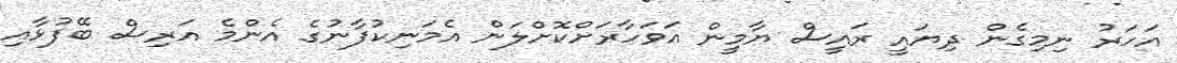
އަހަރު ނިމިގެން ދިޔައީ ރައީސް ޔާމީން އަވަހާރަށްކޮށްލަން އެމަނިކުފާނުގެ އެންމެ އަރިސް ބޭފުޅާއި